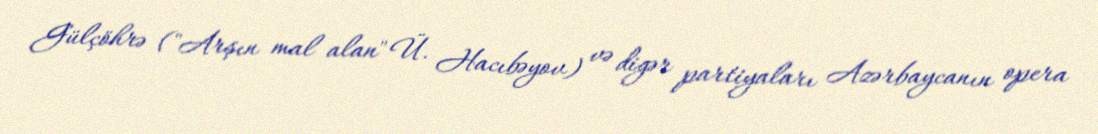
Gülçöhrə ("Arşın mal alan" Ü. Hacıbəyov) və digər partiyaları Azərbaycanın opera